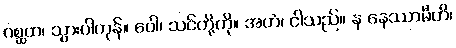
ဂစ္ဆထ၊ သွားပါကုန်။ ဝေါ၊ သင်တို့ကို။ အဟံ၊ ငါသည်။ န နေဿာမီတိ၊